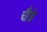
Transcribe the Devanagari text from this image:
चैत्रे